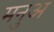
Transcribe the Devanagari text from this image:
मनुअ